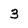
Character: 3